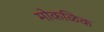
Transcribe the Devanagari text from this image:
मोकळिक